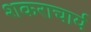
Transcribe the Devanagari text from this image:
शकराचार्य